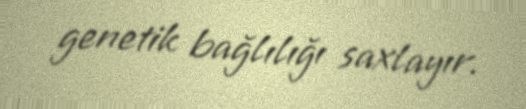
genetik bağlılığı saxlayır.